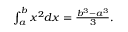
\textstyle \int _ { a } ^ { b } x ^ { 2 } d x = { \frac { b ^ { 3 } - a ^ { 3 } } { 3 } } .